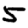
Digit: 5